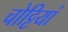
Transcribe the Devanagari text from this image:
चोट्टियां